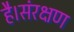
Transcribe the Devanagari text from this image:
है।संरक्षण